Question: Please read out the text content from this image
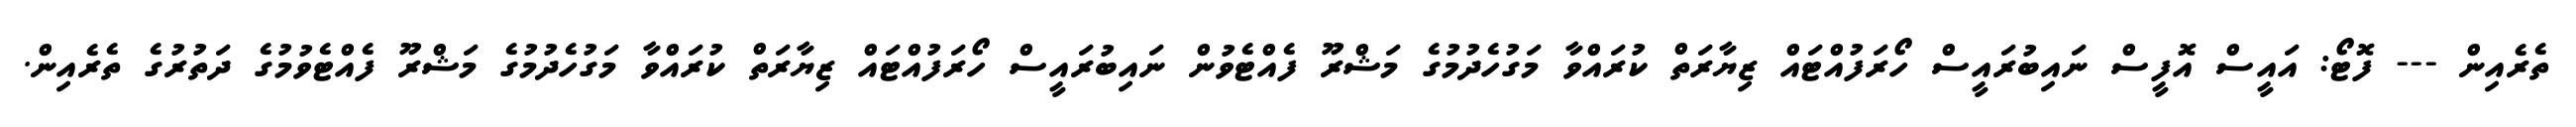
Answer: ތެރެއިން --- ފޮޓޯ: އައީސް އޮފީސް ނައިބުރައީސް ހޯރަފުއްޓައް ޒިޔާރަތް ކުރައްވާ މަގުހެދުމުގެ މަޝްރޫ ފެއްޓެވުން ނައިބުރައީސް ހޯރަފުއްޓައް ޒިޔާރަތް ކުރައްވާ މަގުހެދުމުގެ މަޝްރޫ ފެއްޓެވުމުގެ ދަތުރުގެ ތެރެއިން.